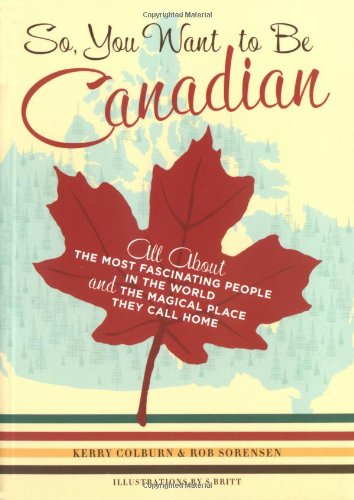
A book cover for So, You Want to Be Canadian: All About the Most Fascinating People in the World and the Magical Place They Call Home; Kerry Colburn; Humor & Entertainment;